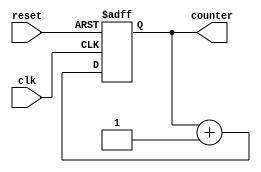
module up_counter(input clk, reset, output[3:0] counter
    );
reg [3:0] counter_up;

// up counter
always @(posedge clk or posedge reset)
begin
if(reset)
 counter_up <= 4'd0;
else
 counter_up <= counter_up + 4'd1;
end 
assign counter = counter_up;
endmodule